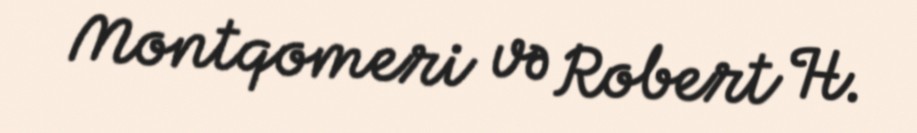
Montqomeri və Robert H.